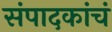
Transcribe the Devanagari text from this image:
संपादकांचं